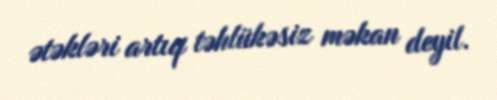
ətəkləri artıq təhlükəsiz məkan deyil.